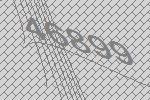
46899